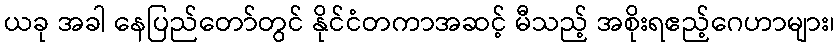
ယခု အခါ နေပြည်တော်တွင် နိုင်ငံတကာအဆင့် မီသည့် အစိုးရဧည့်ဂေဟာများ၊